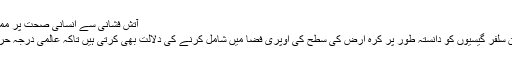
آتش فشانی سے انسانی صحت پر ممکنہ اثرات پرتحقیق جاری ہے
واضح رہے کہ کئی سائنس دان سلفر گیسیوں کو دانستہ طور پر کرہ ارض کی سطح کی اوپری فضا میں شامل کرنے کی دلالت بھی کرتی ہیں تاکہ عالمی درجہ حرارت کو کنٹرول کیا جا سکے۔